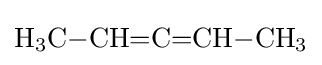
{\mathrm {H} {\vphantom {A}}_{\smash[{t}]{3}}\mathrm {C} {-}\mathrm {CH} {=}\mathrm {C} {=}\mathrm {CH} {-}\mathrm {CH} {\vphantom {A}}_{\smash[{t}]{3}}}